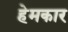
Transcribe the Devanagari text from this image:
हेमकार